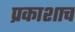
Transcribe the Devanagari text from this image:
प्रकाशाच